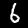
Digit: 6